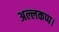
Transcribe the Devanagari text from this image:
अल्लकप्प।